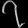
Digit: ၇